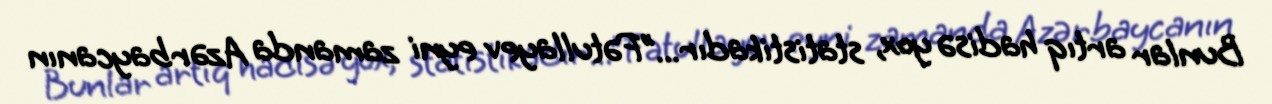
Bunlar artıq hadisə yox, statistikadır...”Fətullayev eyni zamanda Azərbaycanın